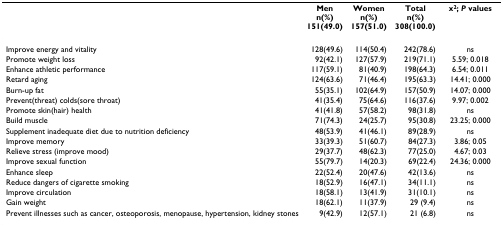
|  | Menn(%)151(49.0) | Womenn(%)157(51.0) | Totaln(%)308(100.0) | x2; P values |
 | --- | --- | --- | --- | --- |
 | Improve energy and vitality | 128(49.6) | 114(50.4) | 242(78.6) | ns |
 | Promote weight loss | 92(42.1) | 127(57.9) | 219(71.1) | 5.59; 0.018 |
 | Enhance athletic performance | 117(59.1) | 81(40.9) | 198(64.3) | 6.54; 0.011 |
 | Retard aging | 124(63.6) | 71(46.4) | 195(63.3) | 14.41; 0.000 |
 | Burn-up fat | 55(35.1) | 102(64.9) | 157(50.9) | 14.07; 0.000 |
 | Prevent(threat) colds(sore throat) | 41(35.4) | 75(64.6) | 116(37.6) | 9.97; 0.002 |
 | Promote skin(hair) health | 41(41.8) | 57(58.2) | 98(31.8) | ns |
 | Build muscle | 71(74.3) | 24(25.7) | 95(30.8) | 23.25; 0.000 |
 | Supplement inadequate diet due to nutrition deficiency | 48(53.9) | 41(46.1) | 89(28.9) | ns |
 | Improve memory | 33(39.3) | 51(60.7) | 84(27.3) | 3.86; 0.05 |
 | Relieve stress (improve mood) | 29(37.7) | 48(62.3) | 77(25.0) | 4.67; 0.03 |
 | Improve sexual function | 55(79.7) | 14(20.3) | 69(22.4) | 24.36; 0.000 |
 | Enhance sleep | 22(52.4) | 20(47.6) | 42(13.6) | ns |
 | Reduce dangers of cigarette smoking | 18(52.9) | 16(47.1) | 34(11.1) | ns |
 | Improve circulation | 18(58.1) | 13(41.9) | 31(10.1) | ns |
 | Gain weight | 18(62.1) | 11(37.9) | 29 (9.4) | ns |
 | Prevent illnesses such as cancer, osteoporosis, menopause, hypertension, kidney stones | 9(42.9) | 12(57.1) | 21 (6.8) | ns |